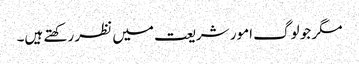
مگر جو لوگ امور شریعت میں نظر رکھتے ہیں۔